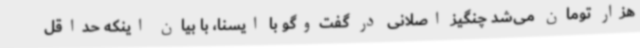
هزار تومان می‌شد چنگیز اصلانی در گفت‌وگو با ایسنا، با بیان اینکه حداقل